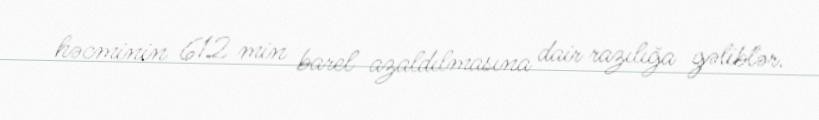
həcminin 612 min barel azaldılmasına dair razılığa gəliblər.